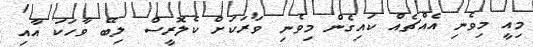
މިއީ މިވެނި އެއްޗެއް ކައިގެން މިވެނި ވަރަކަށް ކެލޮރީސް ލިބޭ ވާހަކަ އާއި